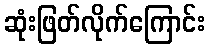
ဆုံးဖြတ်လိုက်ကြောင်း